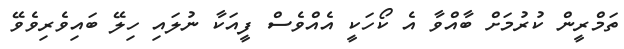
ތަމްރީން ކުރުމަށް ބާއްވާ އެ ކޯހަކީ އެއްވެސް ފީއަކާ ނުލައި ހިލޭ ބައިވެރިވެވޭ